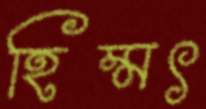
হিম্মৎ